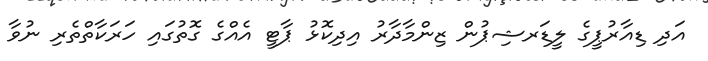
އަދި ޑިއާރުޕީގެ ލީޑަރޝިޕުން ޒިންމާދާރު އިދިކޮޅު ޕާޓީ އެއްގެ ގޮތުގައި ހަރަކާތްތެރި ނުވާ